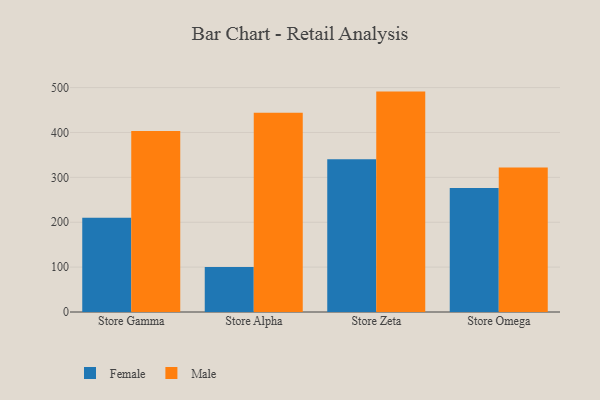
{"axis": {"x": "Store", "y": "Operating Costs (USD K)"}, "legend": ["Female", "Male"], "data": [{"x": "Store Gamma", "y": 210.2, "type": "Female"}, {"x": "Store Gamma", "y": 403.4, "type": "Male"}, {"x": "Store Alpha", "y": 100.3, "type": "Female"}, {"x": "Store Alpha", "y": 444.0, "type": "Male"}, {"x": "Store Zeta", "y": 340.3, "type": "Female"}, {"x": "Store Zeta", "y": 491.1, "type": "Male"}, {"x": "Store Omega", "y": 276.1, "type": "Female"}, {"x": "Store Omega", "y": 321.8, "type": "Male"}]}